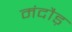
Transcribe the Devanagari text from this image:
मंदौड़